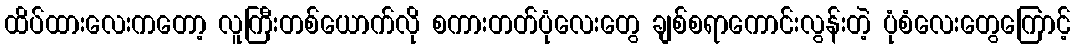
ထိပ်ထားလေးကတော့ လူကြီးတစ်ယောက်လို စကားတတ်ပုံလေးတွေ ချစ်စရာကောင်းလွန်းတဲ့ ပုံစံလေးတွေကြောင့်